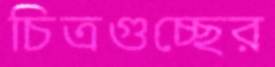
চিত্রগুচ্ছের